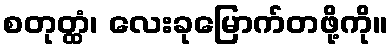
စတုတ္ထံ၊ လေးခုမြောက်တဖို့ကို။